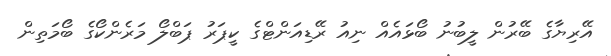
އޭރިޔާގެ ބޭރުން ލީބުނު ބޯޅައެއް ނިއު ރޭޑިއަންޓްގެ ކީޕަރު ޕަބްލޯ މަރެންކޯގެ ބޯމަތިން